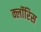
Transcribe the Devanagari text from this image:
क्लॉरिस